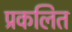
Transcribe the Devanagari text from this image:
प्रकलित